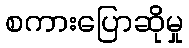
စကားပြောဆိုမှု